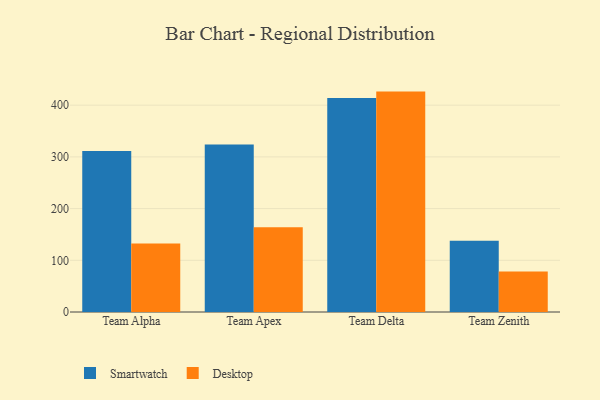
{"axis": {"x": "Team", "y": "Humidity (%)"}, "legend": ["Desktop", "Smartwatch"], "data": [{"x": "Team Alpha", "y": 311.5, "type": "Smartwatch"}, {"x": "Team Alpha", "y": 132.3, "type": "Desktop"}, {"x": "Team Apex", "y": 323.9, "type": "Smartwatch"}, {"x": "Team Apex", "y": 163.8, "type": "Desktop"}, {"x": "Team Delta", "y": 413.7, "type": "Smartwatch"}, {"x": "Team Delta", "y": 426.3, "type": "Desktop"}, {"x": "Team Zenith", "y": 137.9, "type": "Smartwatch"}, {"x": "Team Zenith", "y": 78.1, "type": "Desktop"}]}